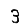
Digit: 3